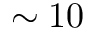
\sim 1 0